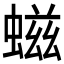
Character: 螆